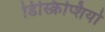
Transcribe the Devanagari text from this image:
डिस्क्रिप्शियो